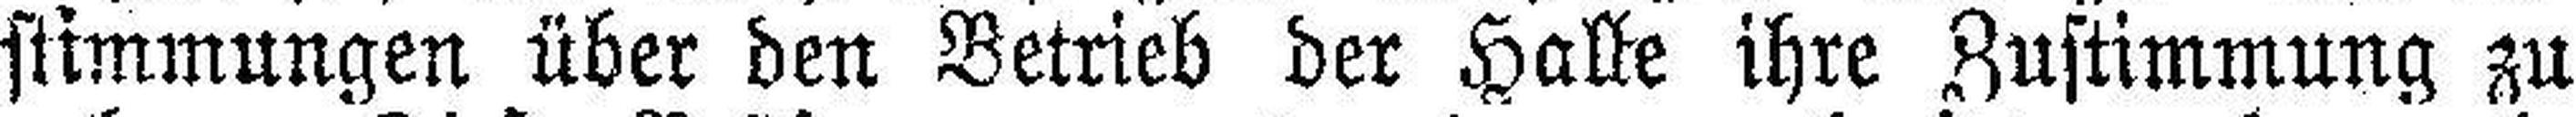
stimmungen über den Betrieb der Halle ihre Zustimmung zu